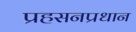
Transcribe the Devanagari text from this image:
प्रहसनप्रधान